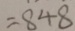
= 8 4 8